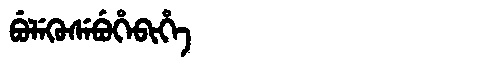
Manchu: ᠪᡠᠯᡝᡴᡠᠰᡝᠪᡠᡥᡝᠪᡳᡥᡝ
Romanization: BULEKUSEBUHEBIHE